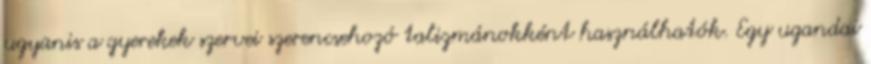
ugyanis a gyerekek szervei szerencsehozó talizmánokként használhatók. Egy ugandai